Lunatic asylums Bombay report 1891-1903 - 1891-1903
Year: 1891
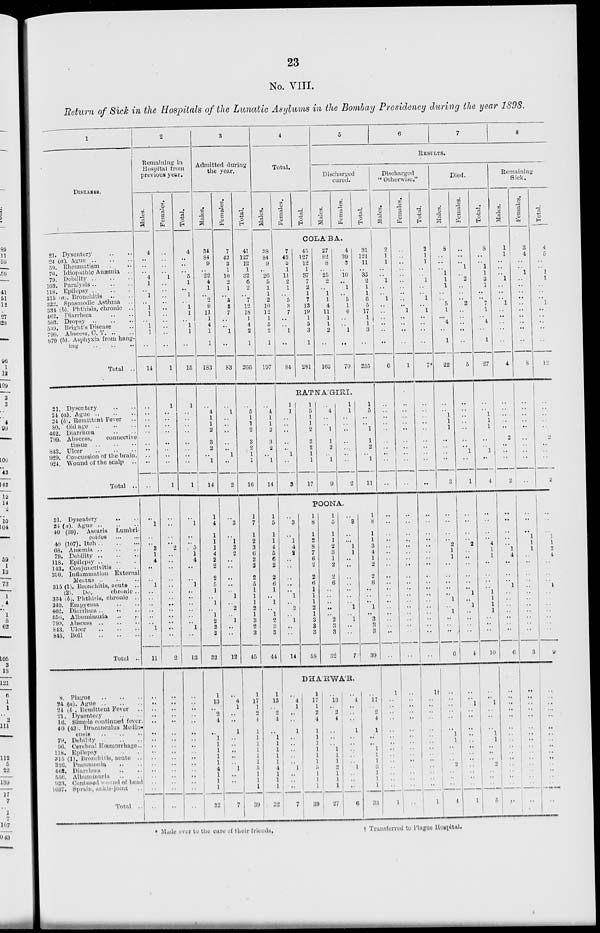
23
No. VIII.
Return of Sick in the Hospitals of the Lunatic Asylums in the Bombay Presidency during the year 1898.
1
DISEASES.
21. Dysentery .. ..
24 (a). Ague
..
..
..
59. Rheumatism .. ..
70. Idiopathic Anæmia
..
79. Debility
..
..
..
103. Paralysis
..
..
..
118. Epilepsy .. .. ..
315 (a). Bronchitis .. ..
322. Spasmodic Asthma ..
334 (b). Phthisis, chronic ..
462. Diarrhœa .. ..
503. Dropsy
..
..
..
539. Bright's Disease ..
799. Abscess, C. T. .. ..
879 (b). Asphyxia from hang-
ing .. .. ..
Total ..
21. Dysentery .. ..
24 (a). Ague
..
..
..
24 (b). Remittent Fever ..
80. Old age
..
..
..
462. Diarrhœa .. ..
799. Abscess,
connective
tissue
..
..
..
843. Ulcer
..
..
..
929. Concussion of the brain ..
924. Wound of the sculp
..
Total ..
21. Dysentery .. ..
24 (a). Ague
..
..
..
40 (39). Ascaris
Lumbri-
coides
..
..
40 (107).
Itch .. .. ..
68. Anæmia
..
..
..
79. Debility
..
..
..
118. Epilepsy
..
..
..
143. Conjunctivitis .. ..
230. Inflammation External
Meatus .. .. ..
315 (1). Bronchitis, acute ..
(2).
Do.
chronic ..
334 (b). Phthisis, chronic ..
340. Empyema .. ..
462. Diarrhœa .. .. ..
556. Albuminuria .. ..
799. Abscess
..
..
..
843. Ulcer
..
..
..
845. Boil
..
..
..
Total ..
8. Plague
..
..
..
24 (a). Ague
..
..
..
24 (b) . Remittent Fever ..
21. Dysentery .. ..
16. Simple continued fever ..
40 (43). Dracanculus Medin-
ensis .. .. ..
79. Debility
..
..
..
96. Cerebral Hœmorrhage ..
118. Epilepsy .. .. ..
315 (1). Bronehitis, acute ..
326.
Pneumonia .. ..
462. Diarrhœa .. ..
556. Albuminuria .. ..
923. Contused wound of head
1037. Sprain, ankle-joint ..
Total ..
2
Remaining in
Hospital from
previous year.
Males.
4
..
..
..
4
1
..
1
..
1
1
..
1
1
..
14
..
..
..
..
..
..
..
..
..
..
..
1
..
..
3
1
4
..
..
1
..
..
..
..
..
..
1
..
11
..
..
..
..
..
..
..
..
..
..
..
..
..
..
..
..
Females.
..
..
..
..
1
..
..
..
..
..
..
..
..
..
..
1
1
..
..
..
..
..
..
..
..
1
..
..
..
..
2
..
..
..
..
..
..
..
..
..
..
..
..
..
2
..
..
..
..
..
..
..
..
..
..
..
..
..
..
..
..
Total.
4
..
..
..
5
1
..
1
..
1
1
..
1
1
..
15
1
..
..
..
..
..
..
..
..
1
..
1
..
..
5
1
4
..
..
1
..
..
..
..
..
..
1
..
13
..
..
..
..
..
..
..
..
..
..
..
..
..
..
..
..
3
Admitted during
the year.
Males.
34
84
9
..
22
4
1
..
2
9
11
1
4
1
1
183
..
4
1
1
2
3
2
..
1
14
1
4
1
1
1
4
2
2
2
5
1
..
1
..
1
2
2
3
33
1
13
..
2
4
..
1
1
1
1
1
4
1
1
1
32
Females.
7
43
3
1
10
2
1
..
5
3
7
..
..
1
..
83
..
1
..
..
..
..
..
1
..
2
..
3
..
1
2
2
..
..
..
..
..
1
..
2
..
1
..
..
12
..
4
1
..
..
1
..
..
..
..
..
1
..
..
7
Total.
41
127
12
1
32
6
2
..
7
12
18
1
4
2
1
206
..
5
1
1
2
3
2
1
1
16
1
7
1
2
3
6
2
2
2
5
1
1
1
2
1
3
2
3
45
1
17
1
2
4
1
1
1
1
1
1
5
1
1
1
39
4
Total.
Males.
38
84
9
..
26
5
1
1
2
10
12
1
5
2
1
197
..
4
1
1
2
3
2
..
1
14
1
5
1
1
4
5
6
2
2
6
1
..
1
..
1
2
..
3
44
1
13
..
2
4
..
1
1
1
1
1
4
1
1
1
32
Females.
Total.
5
6
7
8
RESULTS.
Discharged
cured.
Males.
Females.
Total.
COLÁBA.
7
43
3
1
11
2
1
..
5
3
7
..
..
1
..
84
45
127
12
1
37
7
2
1
7
13
19
1
5
3
1
281
27
82
8
..
25
2
..
..
1
4
11
1
..
2
..
165
4
39
3
..
10
..
1
..
5
1
6
..
..
1
..
70
31
121
11
..
35
2
1 1
6
5
17
1
1
3
..
235
RATKAGIRI.
1
1
..
..
..
..
..
1
..
3
1
5
1
1
2
3
2
1
1
17
..
4
..
..
1
1
2
..
1
9
1
1
..
..
..
..
..
..
..
2
1
5
..
..
1
1
2
..
1
11
POONA.
..
3
..
1
4
2
..
..
..
..
..
1
..
2
..
1
..
..
14
1
8
1
2
8
7
6
2
2
6
1
1
1
2
1
3
3
3
58
1
5
1
1
2
3
1
2
2
6
..
..
..
..
..
2
3
3
32
..
3
..
..
1
1
..
..
..
..
..
..
..
1
..
1
..
..
7
1
8
1
1
3
4
1
2
2
6
..
..
..
1
..
3
3
3
39
DHÁRWÁR.
..
4
1
..
..
1
..
..
..
..
..
l
..
..
..
7
1
17
1
2
4
1
1
1
1
1
1
5
..
1
1
39
..
13
..
2
4
..
..
..
1
1
1
2
1
1
1
27
..
4
..
..
..
1
..
..
..
..
..
1
..
..
..
6
..
17
..
2
4
1
..
..
1
1
1
3
1
1
1
33
Discharged
"Otherwise."
Males.
2
1 1
..
..
1
..
..
1
..
..
..
..
..
..
6
..
..
..
..
..
..
..
..
..
..
..
..
..
..
..
..
..
..
..
..
..
..
..
..
..
..
..
..
..
1
..
..
..
..
..
..
..
..
..
..
..
..
..
..
1
Females.
..
..
,.
..
..
..
..
..
..
..
1
..
..
..
..
1
..
..
..
..
..
..
..
..
..
..
..
..
..
..
..
..
..
..
..
..
..
..
..
..
..
..
..
..
..
..
..
..
..
..
..
..
..
..
..
..
..
..
..
..
..
Total.
2
1
1
..
..
1
..
..
1
..
1
..
..
..
..
7*
..
..
..
..
..
..
..
..
..
..
..
..
..
..
..
..
..
..
..
..
..
..
..
..
..
..
..
..
..
1†
..
..
..
..
..
..
..
..
..
..
..
..
..
..
1
Died.
Males.
8
..
..
..
1
1
1
..
..
5
1
..
4
..
1
22
..
..
1
1
1
..
..
..
..
3
..
..
..
..
2
1
1
..
..
..
..
..
1
..
1
..
..
..
6
..
..
..
..
..
..
1
1
..
..
..
2
..
..
..
4
Females.
..
..
..
1
..
2
..
..
..
2
..
..
..
..
..
5
..
..
..
..
..
..
..
1
..
1
..
..
..
..
2
..
..
..
..
..
..
1
..
1
..
1
..
..
4
..
..
1
..
..
..
..
..
..
..
..
..
..
..
..
1
Total.
8
..
..
1
1
3
1
..
..
7
1
..
4
..
1
27
..
..
1
1
1
..
..
1
..
4
..
..
..
..
4
1
1
..
..
..
..
1
1
1
1
..
..
..
10
..
..
1
..
..
..
1
1
..
..
..
2
..
..
..
5
Remaining
Sick.
Males.
1
1
..
..
..
1
..
..
..
1
..
..
..
..
..
4
..
..
..
..
..
2
..
..
..
2
1
..
..
..
..
1
4
..
..
..
1
..
..
..
..
..
..
..
6
..
..
..
..
..
..
..
..
..
..
..
..
..
..
..
..
Females.
3
4
..
..
1
..
..
..
..
..
..
..
..
..
..
8
..
..
..
..
..
..
..
..
..
..
..
..
..
1
1
1
..
..
..
..
..
..
..
..
..
..
..
..
3
..
..
..
..
..
..
..
..
..
..
..
..
..
..
..
..
Total.
4
5
..
..
1
1
..
..
..
1
..
..
..
..
..
12
..
..
..
..
..
2
..
..
..
2
1
..
..
1
1
2
4
..
..
..
1
..
..
..
..
..
..
..
9
..
..
..
..
..
..
..
..
..
..
..
..
..
..
..
..
* Made over to the care of their
friends.
†
Transferred to Plague Hospital.